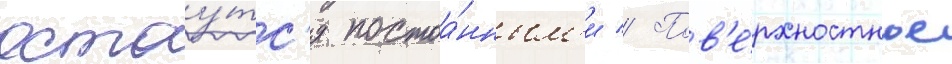
остау́тс'я постоа́нным'и // Пов'е́рхностное